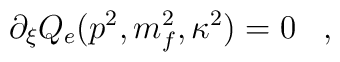
\partial_\xi Q_e (p^2, m_f^2 , \kappa^2 ) = 0 \; \; \; ,